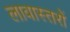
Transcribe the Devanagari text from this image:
लावास्तरोें